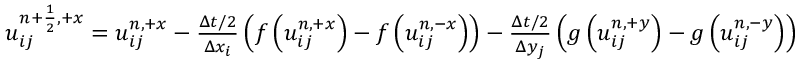
\begin{array} { r } { u _ { i j } ^ { { n + \frac { 1 } { 2 } } , + x } = u _ { i j } ^ { n , + x } - \frac { \Delta t / 2 } { \Delta x _ { i } } \left( f \left( u _ { i j } ^ { n , + x } \right) - f \left( u _ { i j } ^ { n , - x } \right) \right) - \frac { \Delta t / 2 } { \Delta y _ { j } } \left( g \left( u _ { i j } ^ { n , + y } \right) - g \left( u _ { i j } ^ { n , - y } \right) \right) } \end{array}